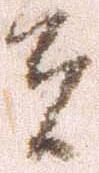
者